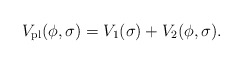
\begin{align*}V_{\rm pl}(\phi, \sigma) = V_1(\sigma) + V_2(\phi, \sigma).\end{align*}